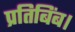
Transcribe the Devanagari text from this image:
प्रतिबिंब।